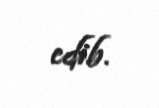
edib.